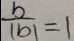
\frac { b } { \vert b \vert } = 1